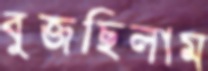
বুজছিলাম